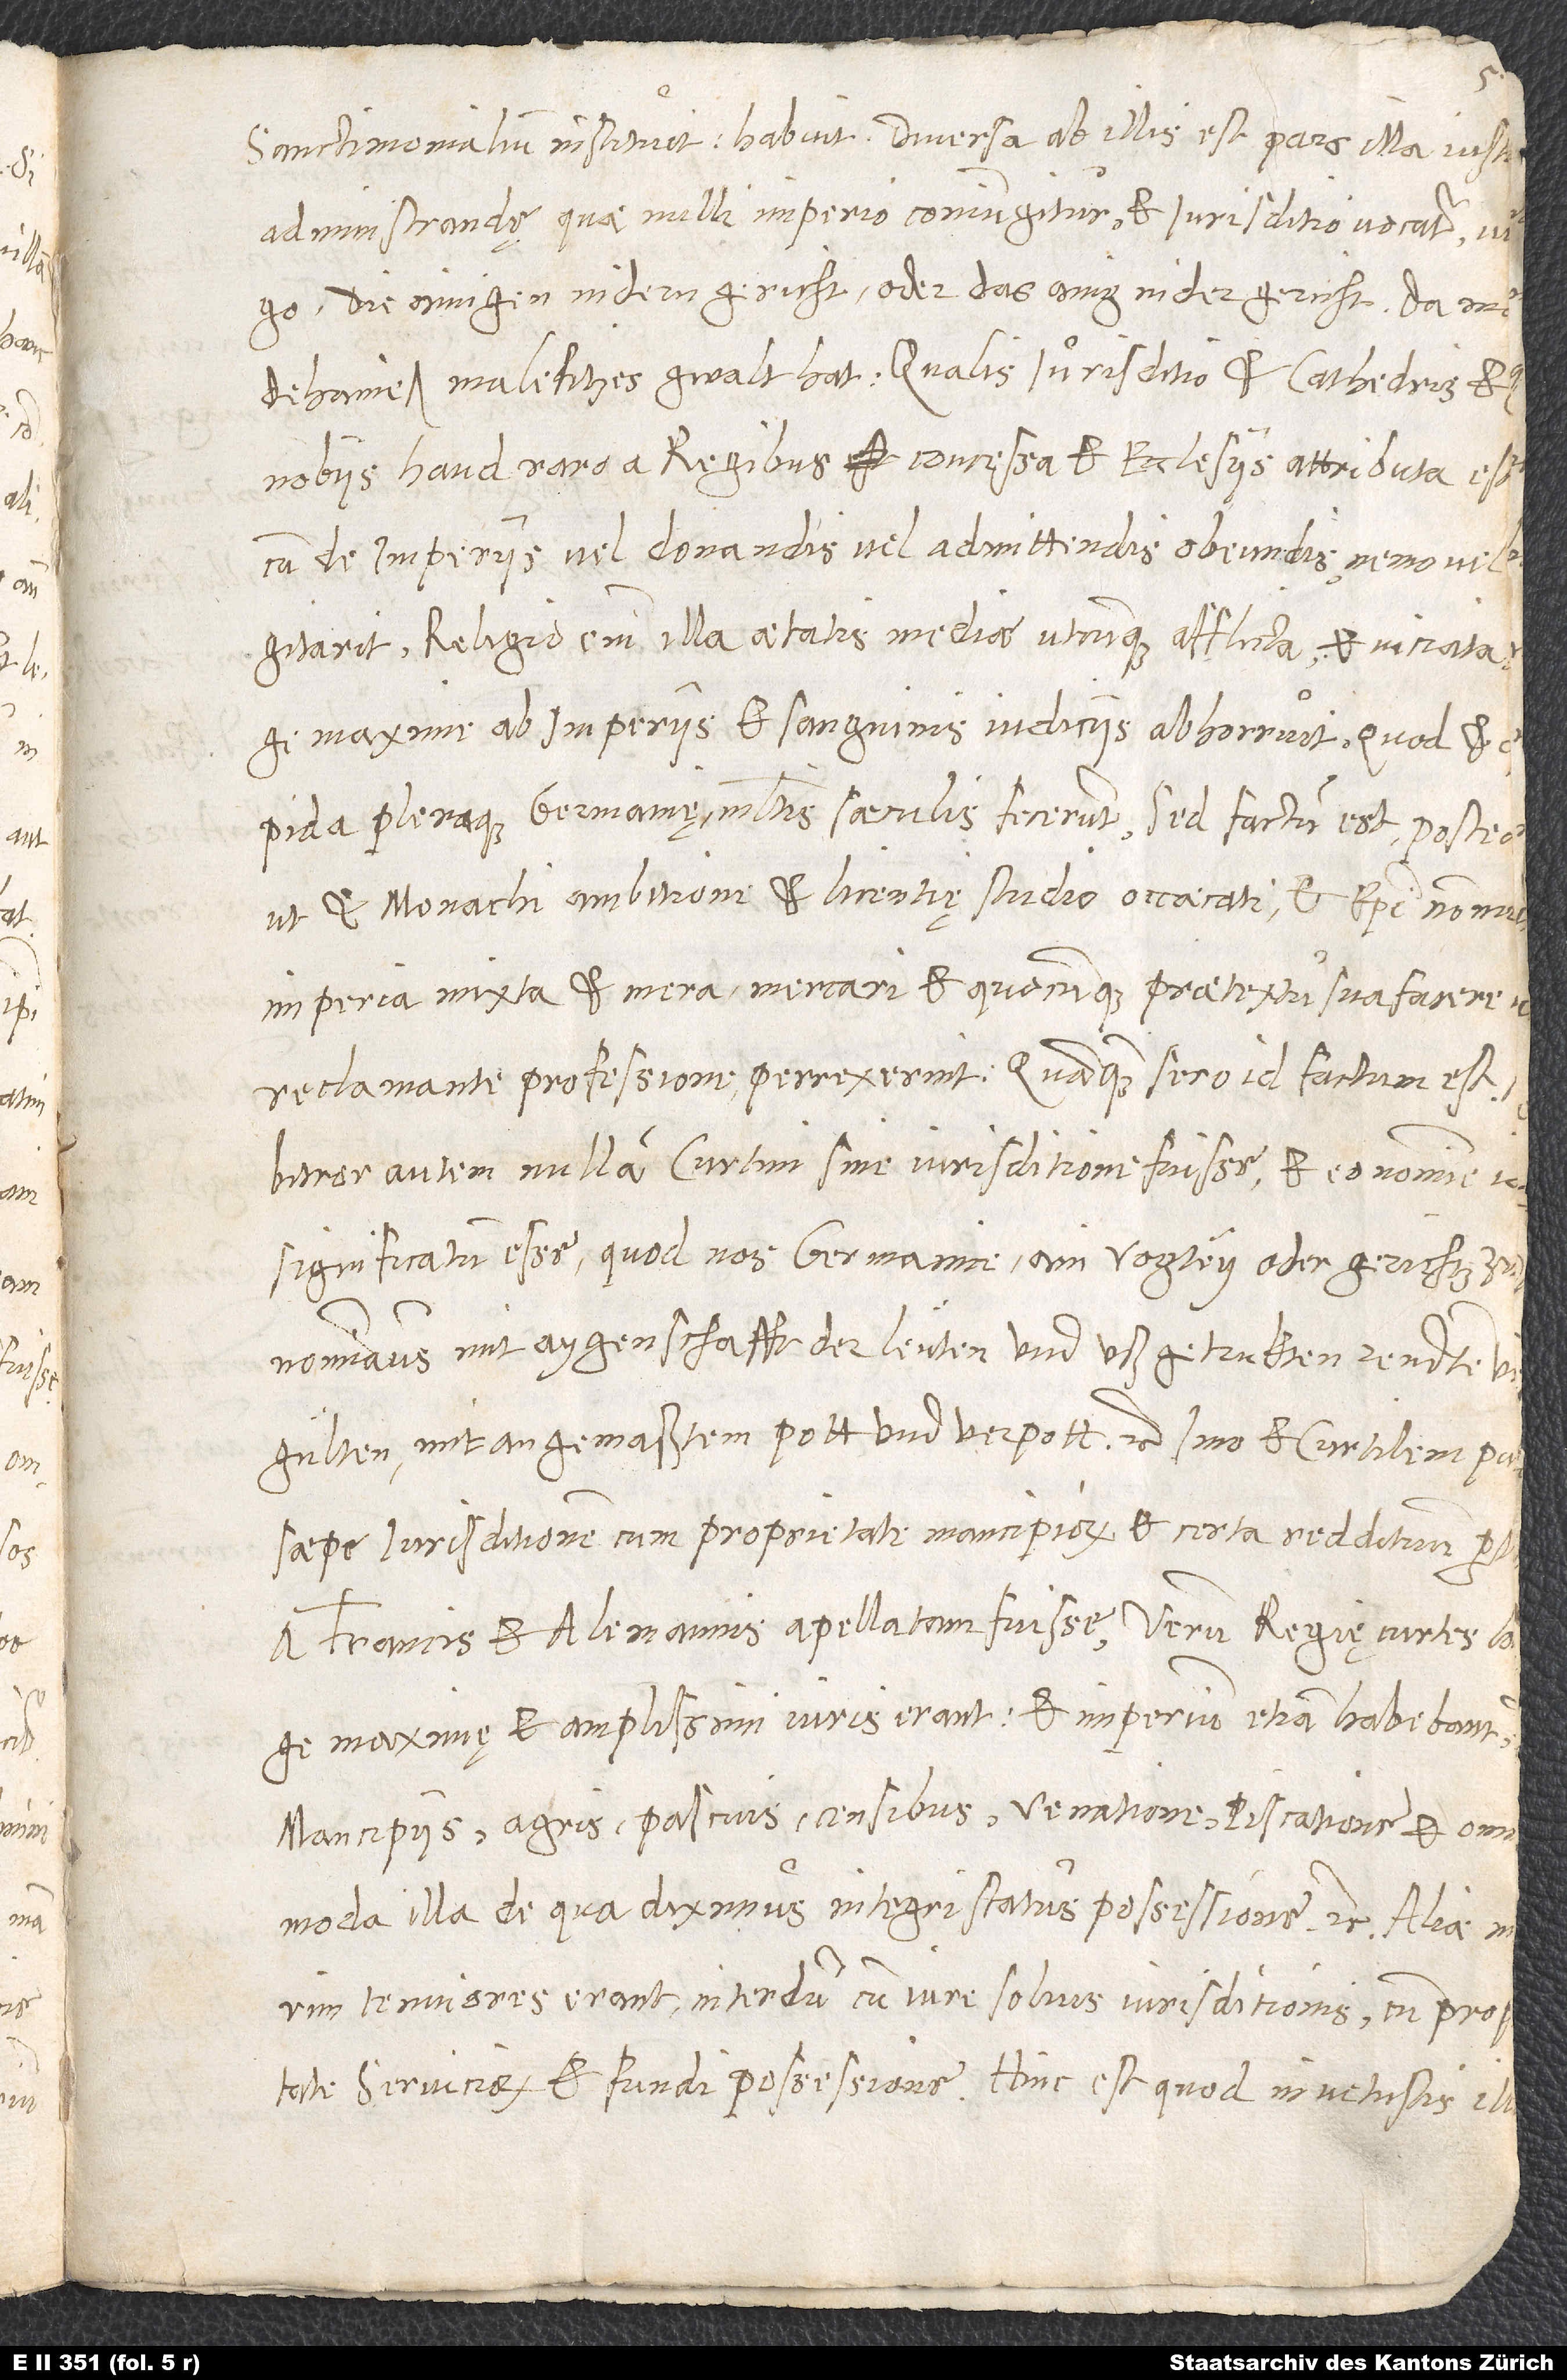
ut et monachi ambitione et licentię studio occaecati et episcopi nonn